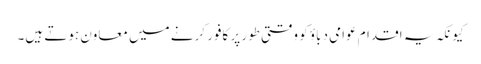
کیونکہ یہ اقدام عوامی دباؤ کو وقتی طور پر کافور کرنے میں معاون ہوتے ہیں۔